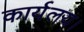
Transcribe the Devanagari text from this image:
कार्यलय।